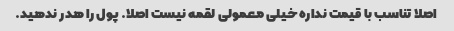
اصلا تناسب با قیمت نداره خیلی معمولی لقمه نیست اصلا. پول را هدر ندهید.